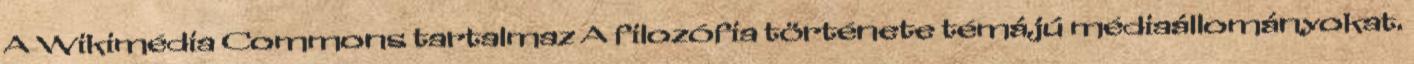
A Wikimédia Commons tartalmaz A filozófia története témájú médiaállományokat.